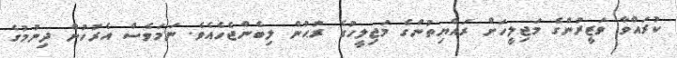
ކުރައްވާ ވަޒީރުންގެ މަޖިލީހަށް ރައްޔިތުންގެ މަޖިލީހުގެ ރުޙުން ލިބެންޖެހެއެވެ. ނަމަވެސް އެރުހުން ދިނުމުގެ